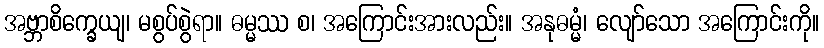
အဗ္ဘာစိက္ခေယျ၊ မစွပ်စွဲရာ။ ဓမ္မဿ စ၊ အကြောင်းအားလည်း။ အနုဓမ္မံ၊ လျော်သော အကြောင်းကို။